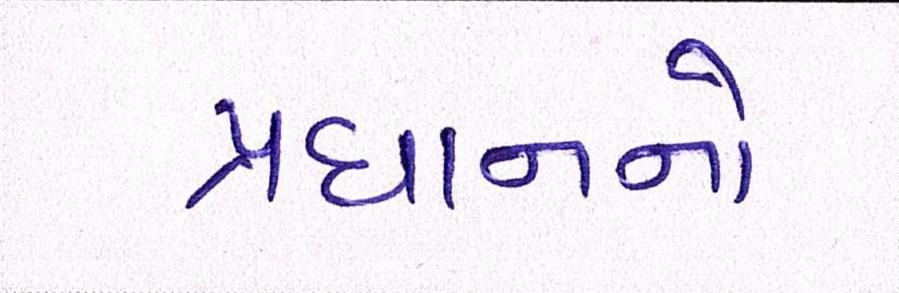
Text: પ્રધાનનો